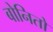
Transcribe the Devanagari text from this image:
बोनितो